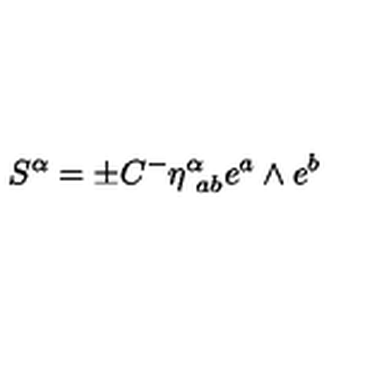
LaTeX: S ^ { \alpha } = \pm C { } ^ { - } \eta _ { \ a b } ^ { \alpha } e ^ { a } \wedge e ^ { b } \label S